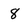
Character: 8